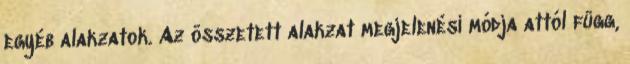
egyéb alakzatok. Az összetett alakzat megjelenési módja attól függ,